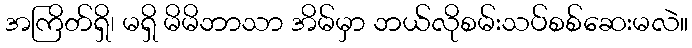
အကြိတ်ရှိ၊ မရှိ မိမိဘာသာ အိမ်မှာ ဘယ်လိုစမ်းသပ်စစ်ဆေးမလဲ။